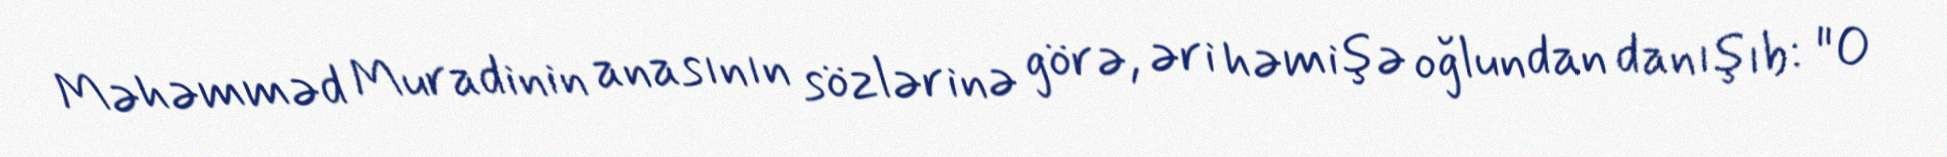
Məhəmməd Muradinin anasının sözlərinə görə, əri həmişə oğlundan danışıb: "O